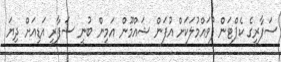
ސަފާރީގެ ކެޕްޓަން ފުވައްމުލަކަށް އުފަން ޝައްމޫން އަމީން ބުނީ ސަފާރީ އަޑިއަށް ދިޔަ